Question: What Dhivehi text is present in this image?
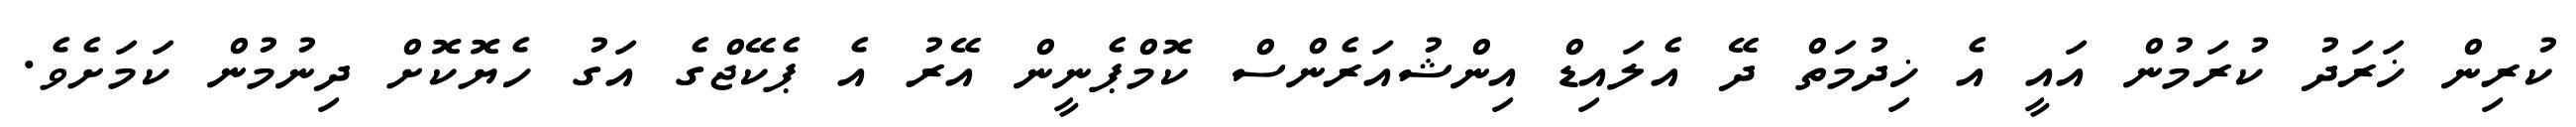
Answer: ކުރިން ޚަރަދު ކުރަމުން އައީ އެ ޚިދުމަތް ދޭ އެލައިޑް އިންޝުއަރެންސް ކޮމްޕެނީން އޭރު އެ ޕެކޭޖްގެ އަގު ހެޔޮކޮށް ދިނުމުން ކަމަށެވެ.